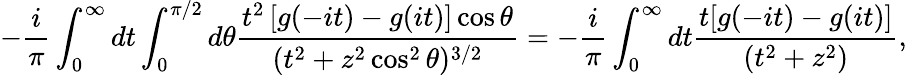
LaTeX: -\frac{i}{\pi}\int_{0}^{\infty}dt\int_{0}^{\pi/2}d\theta\frac{t^{2}\left[g(-it)-g(it)\right]\cos\theta}{(t^{2}+z^{2}\cos^{2}\theta)^{3/2}}=-\frac{i}{\pi}\int_{0}^{\infty}dt\frac{t[g(-it)-g(it)]}{(t^{2}+z^{2})},